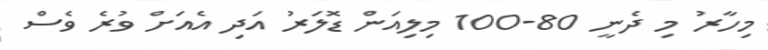
މިހާރު މި ދެނީ 80-100 މިލިއަން ޑޮލަރު އަދި އެއަށް ވުރެ ވެސް